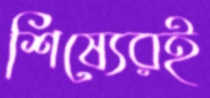
শিষ্যেরই